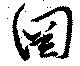
罔